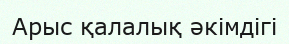
Арыс қалалық әкімдігі